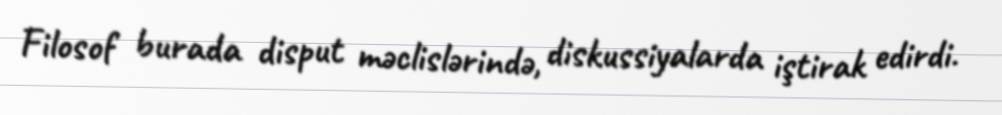
Filosof burada disput məclislərində, diskussiyalarda iştirak edirdi.